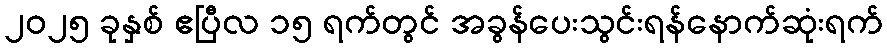
၂၀၂၅ ခုနှစ် ဧပြီလ ၁၅ ရက်တွင် အခွန်ပေးသွင်းရန်နောက်ဆုံးရက်